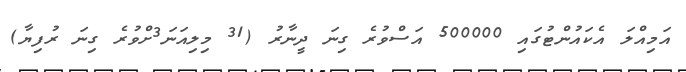
އަމިއްލަ އެކައުންޓުގައި 500000 އަސްވުރެ ގިނަ ދީނާރު (31 މިލިއަނަ3ށްވުރެ ގިނަ ރުފިޔާ)